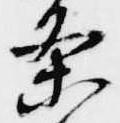
条